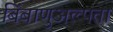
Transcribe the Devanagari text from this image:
बिंबाणुअल्पता